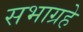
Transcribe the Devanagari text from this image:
सभाग्रहे